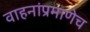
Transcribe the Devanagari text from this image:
वाहनांप्रमाणेच